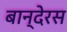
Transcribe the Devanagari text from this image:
बान्देरस